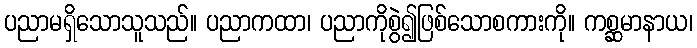
ပညာမရှိသောသူသည်။ ပညာကထာ၊ ပညာကိုစွဲ၍ဖြစ်သောစကားကို။ ကစ္ဆမာနာယ၊